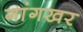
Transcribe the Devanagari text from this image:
गांगखर